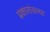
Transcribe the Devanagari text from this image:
प्रकारांतल्या